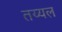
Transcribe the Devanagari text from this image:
तय्यल